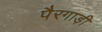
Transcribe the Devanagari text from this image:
पैरगाड़ी